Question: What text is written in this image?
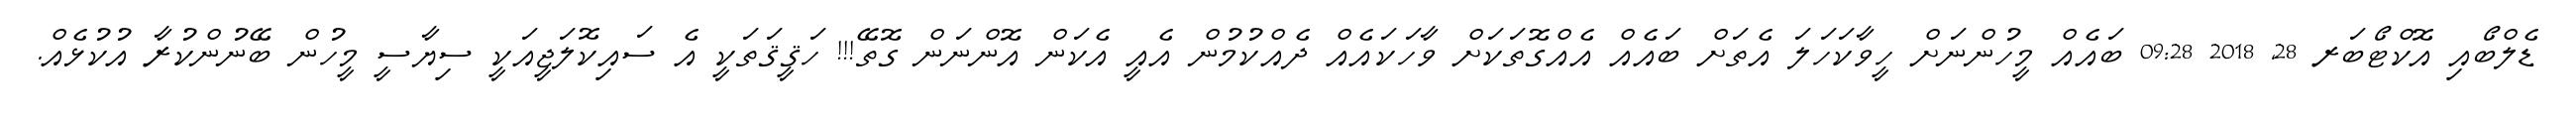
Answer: ޑެލްބޯއި އޮކްޓޯބަރ 28, 2018 09:28 ބައެއް މީހުންނަށް ހީވާކަހަލަ އެތަށް ބައެއް އެއްގޮތަކަށް ވާހަކައެއް ދެއްކުމުން އެއީ އެކަން އޮންނަން ގޮތޭ!!! ހަޤީޤަތަކީ އެ ސައިކޮލަޖީއަކީ ސިޔާސީ މީހުން ބޭނުންކުރާ އުކުޅެއް.